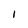
Character: I